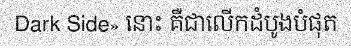
Dark Side» នោះ គឺជាលើកដំបូងបំផុត